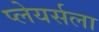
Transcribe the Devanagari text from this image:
प्लेयर्सला